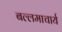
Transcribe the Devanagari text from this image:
बल्लमाचार्य